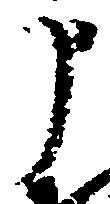
申